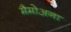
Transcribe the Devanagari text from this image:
मैमोअना